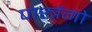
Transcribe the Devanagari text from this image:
पास्त्रेंगो